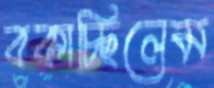
বকাচ্ছিলেম